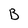
Character: B